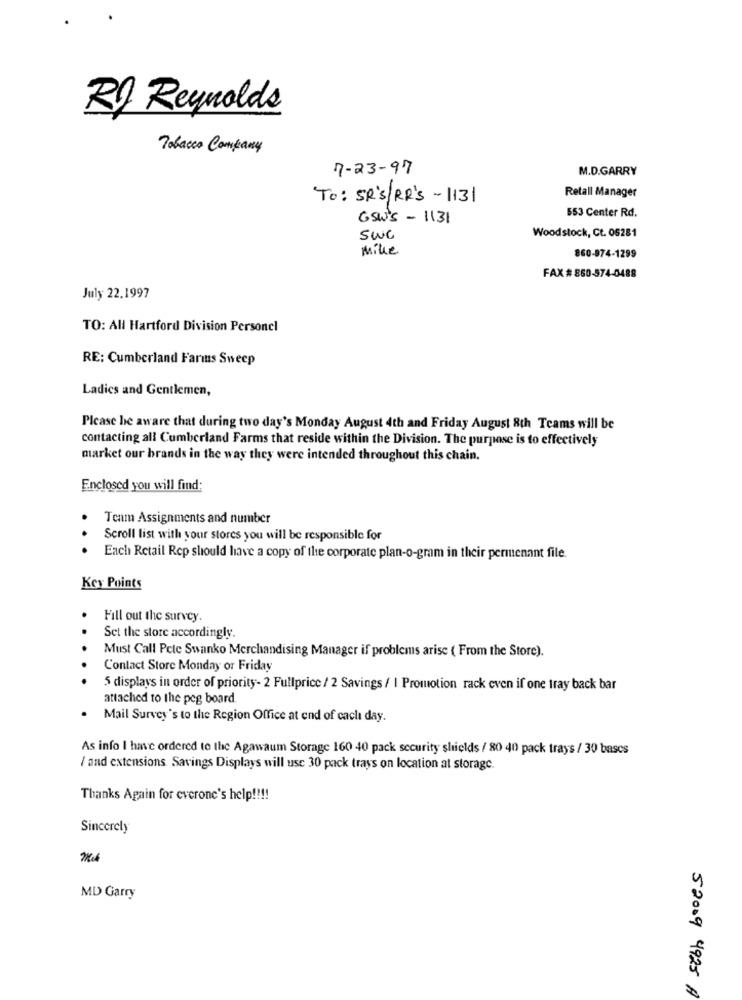
RD Reynolds
Tobacco Company
7-23-97
M.D.GARRY
To: SR'S/ RR'S -1131
Retall Manager
553 Center Rd.
GSW's - 1131
SWC
Woodstock, Ct. 05281
mike
860-974-1299
FAX # 860-574-0488
July 22.1997
TO: All Hartford Division Personel
RE: Cumberland Farms Sweep
Ladies and Gentlemen,
Please be aware that during two day's Monday August 4th and Friday August 8th Teams will be
contacting all Cumberland Farms that reside within the Division. The purpose is to effectively
market our brands in the way they were intended throughout this chain.
Enclosed you will find:
Team Assignments and number
Scroll list with your stores you will be responsible for
Each Retail Rep should have a copy of the corporate plan-o-gram in their permenant file.
Key Points
Fill out the survey.
Set the store accordingly.
Must Call Pele Swanko Merchandising Manager if problems arise ( From the Store).
Contact Store Monday or Friday
5 displays in order of priority- 2 Fullprice / 2 Savings / I Promotion rack even if one tray back bar
attached to the peg board
Mail Survey's to the Region Office at end of caclı day.
As info I have ordered to the Agawaum Storage 160 40 pack security shields / 80 40 pack trays / 30 bases
/ and extensions Savings Displays will use 30 pack trays on location at storage.
Thanks Again for cverone's help !!!!
Sincerely
MD Garry
52009 4925 A